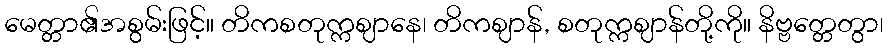
မေတ္တာ၏အစွမ်းဖြင့်။ တိကစတုက္ကဈာနေ၊ တိကဈာန်, စတုက္ကဈာန်တို့ကို။ နိဗ္ဗတ္တေတွာ၊